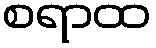
စရာထ